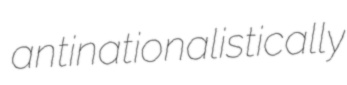
antinationalistically